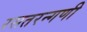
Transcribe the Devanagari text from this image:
रसतरन्गणी